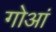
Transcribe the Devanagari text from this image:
गोआं